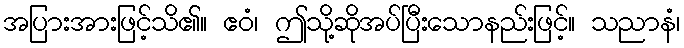
အပြားအားဖြင့်သိ၏။ ဧဝံ၊ ဤသို့ဆိုအပ်ပြီးသောနည်းဖြင့်။ သညာနံ၊